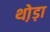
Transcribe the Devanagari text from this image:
थो़ड़ा